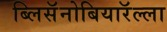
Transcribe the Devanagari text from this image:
ब्लिसॅनोबियारॅल्ला